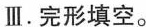
Ⅲ.完形填空。